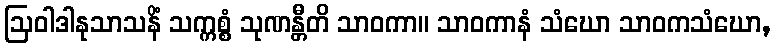
ဩဝါဒါနုသာသနိံ သက္ကစ္စံ သုဏန္တီတိ သာဝကာ။ သာဝကာနံ သံဃော သာဝကသံဃော,